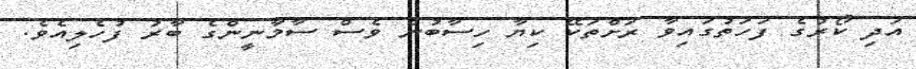
އަދި ކޯރުގެ ފަހަތުގައިވާ ރަށްތަކޭ ކިޔާ ހިސާބުން ވެސް ސާމާނީންގެ ބާރު ފުހެލިއެވެ.